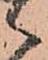
之